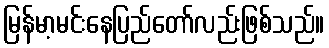
မြန်မာ့မင်းနေပြည်တော်လည်းဖြစ်သည်။